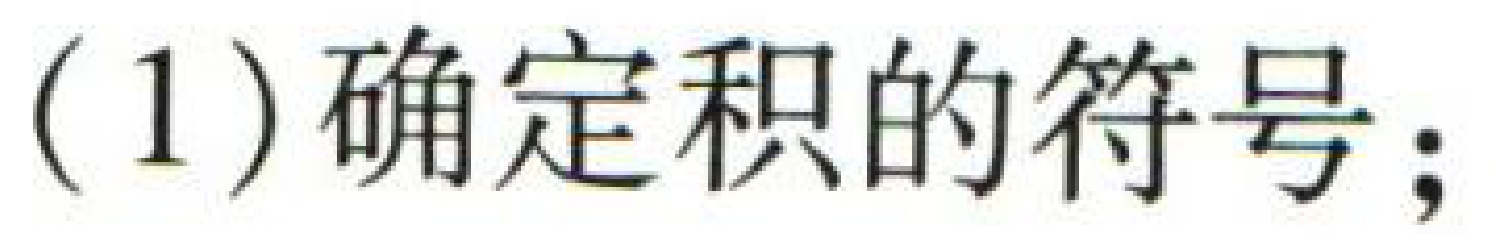
(1)确定积的符号;